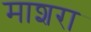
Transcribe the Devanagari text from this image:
माशरा